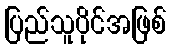
ပြည်သူပိုင်အဖြစ်